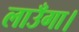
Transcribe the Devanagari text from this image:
लाउँगा।